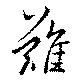
難